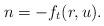
LaTeX: \begin{align*} n=-f_t(r,u). \end{align*}